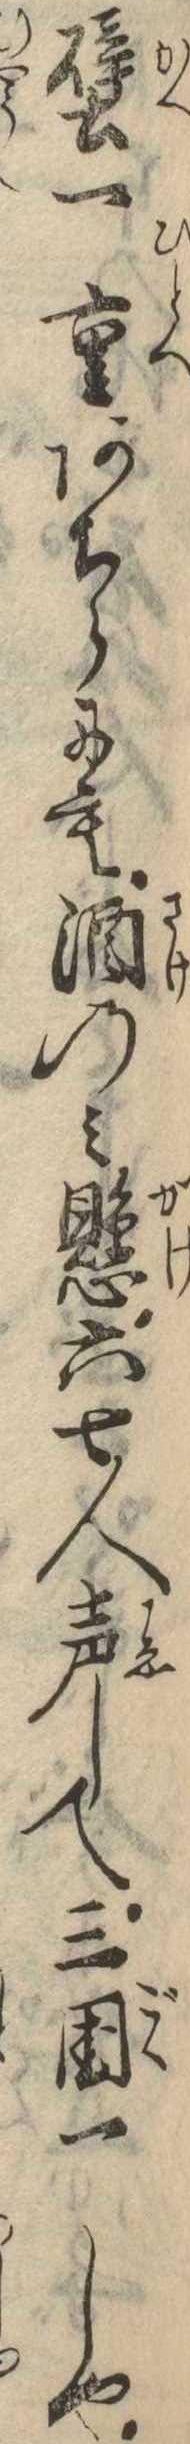
壁一重あちらにも酒のみ懸六七人声して三国一しや